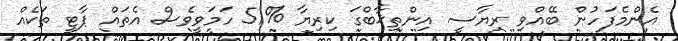
އެންމެފަހުން ބޭއްވި ރިޔާސީ އިންތިޚާބްގަ ކިރިޔާ %51 ހަމަވީވެސް އެތައް ޕާޓީ ތަކެއް